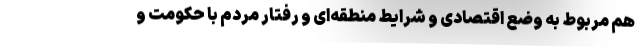
هم مربوط به وضع اقتصادی و شرایط منطقه‌ای و رفتار مردم با حکومت و